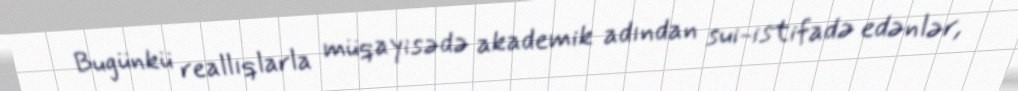
Bugünkü reallıqlarla müqayisədə akademik adından sui-istifadə edənlər,